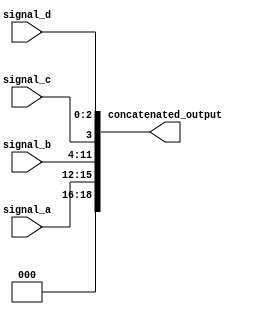
module concat_continuous_assignment (
    input wire [3:0] signal_a,     // 4-bit input signal
    input wire [7:0] signal_b,     // 8-bit input signal
    input wire signal_c,           // 1-bit input signal
    input wire [2:0] signal_d,     // 3-bit input signal
    output wire [18:0] concatenated_output // 18-bit output signal
);

// Continuous assignment for concatenation
assign concatenated_output = {signal_a, signal_b, signal_c, signal_d};

endmodule